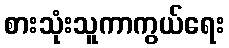
စားသုံးသူကာကွယ်ရေး